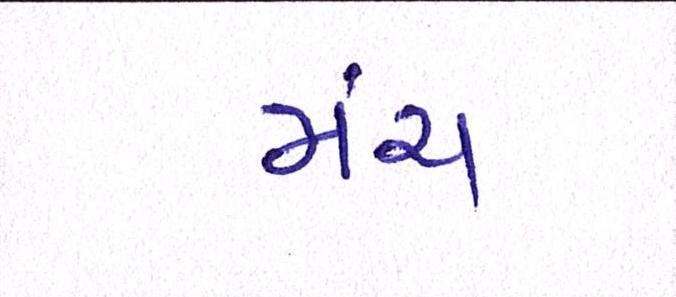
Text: મંચ